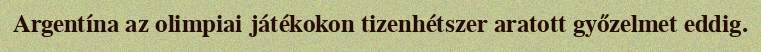
Argentína az olimpiai játékokon tizenhétszer aratott győzelmet eddig.